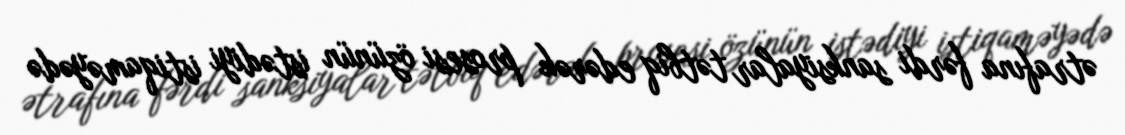
ətrafına fərdi sanksiyalar tətbiq edərək prosesi özünün istədiyi istiqaməyədə